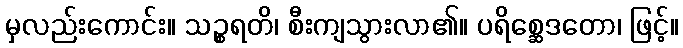
မှလည်းကောင်း။ သဉ္စရတိ၊ စီးကျသွားလာ၏။ ပရိစ္ဆေဒတော၊ ဖြင့်။